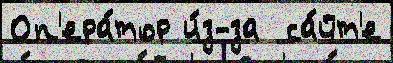
Оп'ера́тор и́з-за  са́йт'е